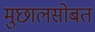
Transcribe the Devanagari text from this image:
मुछालसोबत